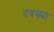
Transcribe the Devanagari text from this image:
दबक्या